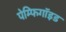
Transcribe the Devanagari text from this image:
पेम्फिगॉइड